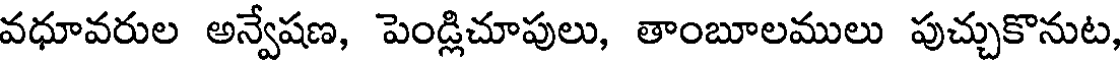
వధూవరుల అన్వేషణ, పెండ్లిచూపులు, తాంబూలములు పుచ్చుకొనుట,